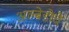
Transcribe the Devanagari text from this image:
अल्बेडोचे